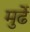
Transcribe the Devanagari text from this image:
मुर्ढे